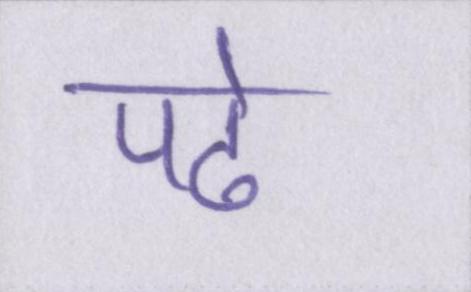
पढे